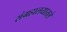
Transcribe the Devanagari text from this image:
संग्रहालयातले